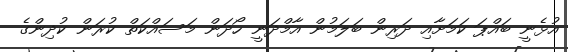
އުޅެނީ ބައްޕަ ކަމަށާއި ދަރިން ބަލަމުން އާމްދަނީ ހޯދަން މަސައްކަތް ކުރަން ކުދިންގެ